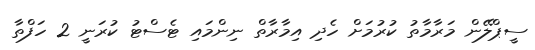
ސީޕްލޭން މަރާމާތު ކުރުމަށް ހެދި އިމާރާތް ނިންމައި ޓެސްޓު ކުރަނީ 2 ހަފްތާ